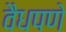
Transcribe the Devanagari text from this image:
वैधपणे